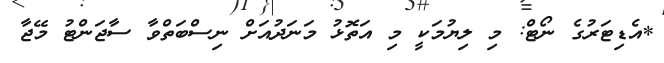
*އެޑިޓަރުގެ ނޯޓް: މި ލިޔުމަކީ މި އަތޮޅު މަނަދުއަށް ނިސްބަތްވާ ސާޖަންޓު މޭޖާ